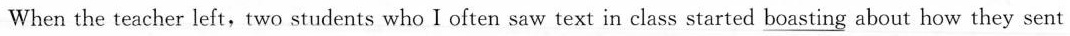
When the teacher left,two students who I often saw text in class started \underline{boasting}about how they sent